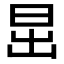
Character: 𣅽